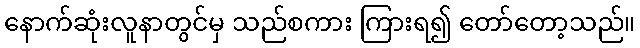
နောက်ဆုံးလူနာတွင်မှ သည်စကား ကြားရ၍ တော်တော့သည်။